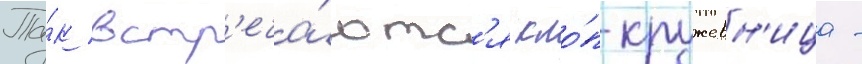
Та́к встр'еча́ютс'я кло́п-кружевн'ица -